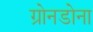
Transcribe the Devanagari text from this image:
ग्रोनडोना